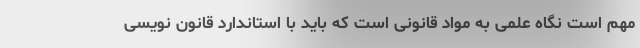
مهم است نگاه علمی به مواد قانونی است که باید با استاندارد قانون نویسی